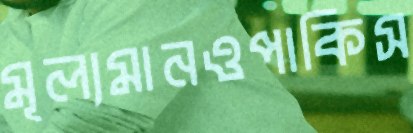
মূল্যমানওপাকিস